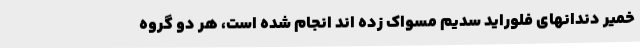
خمیر دندانهای فلوراید سدیم مسواک زده اند انجام شده است، هر دو گروه